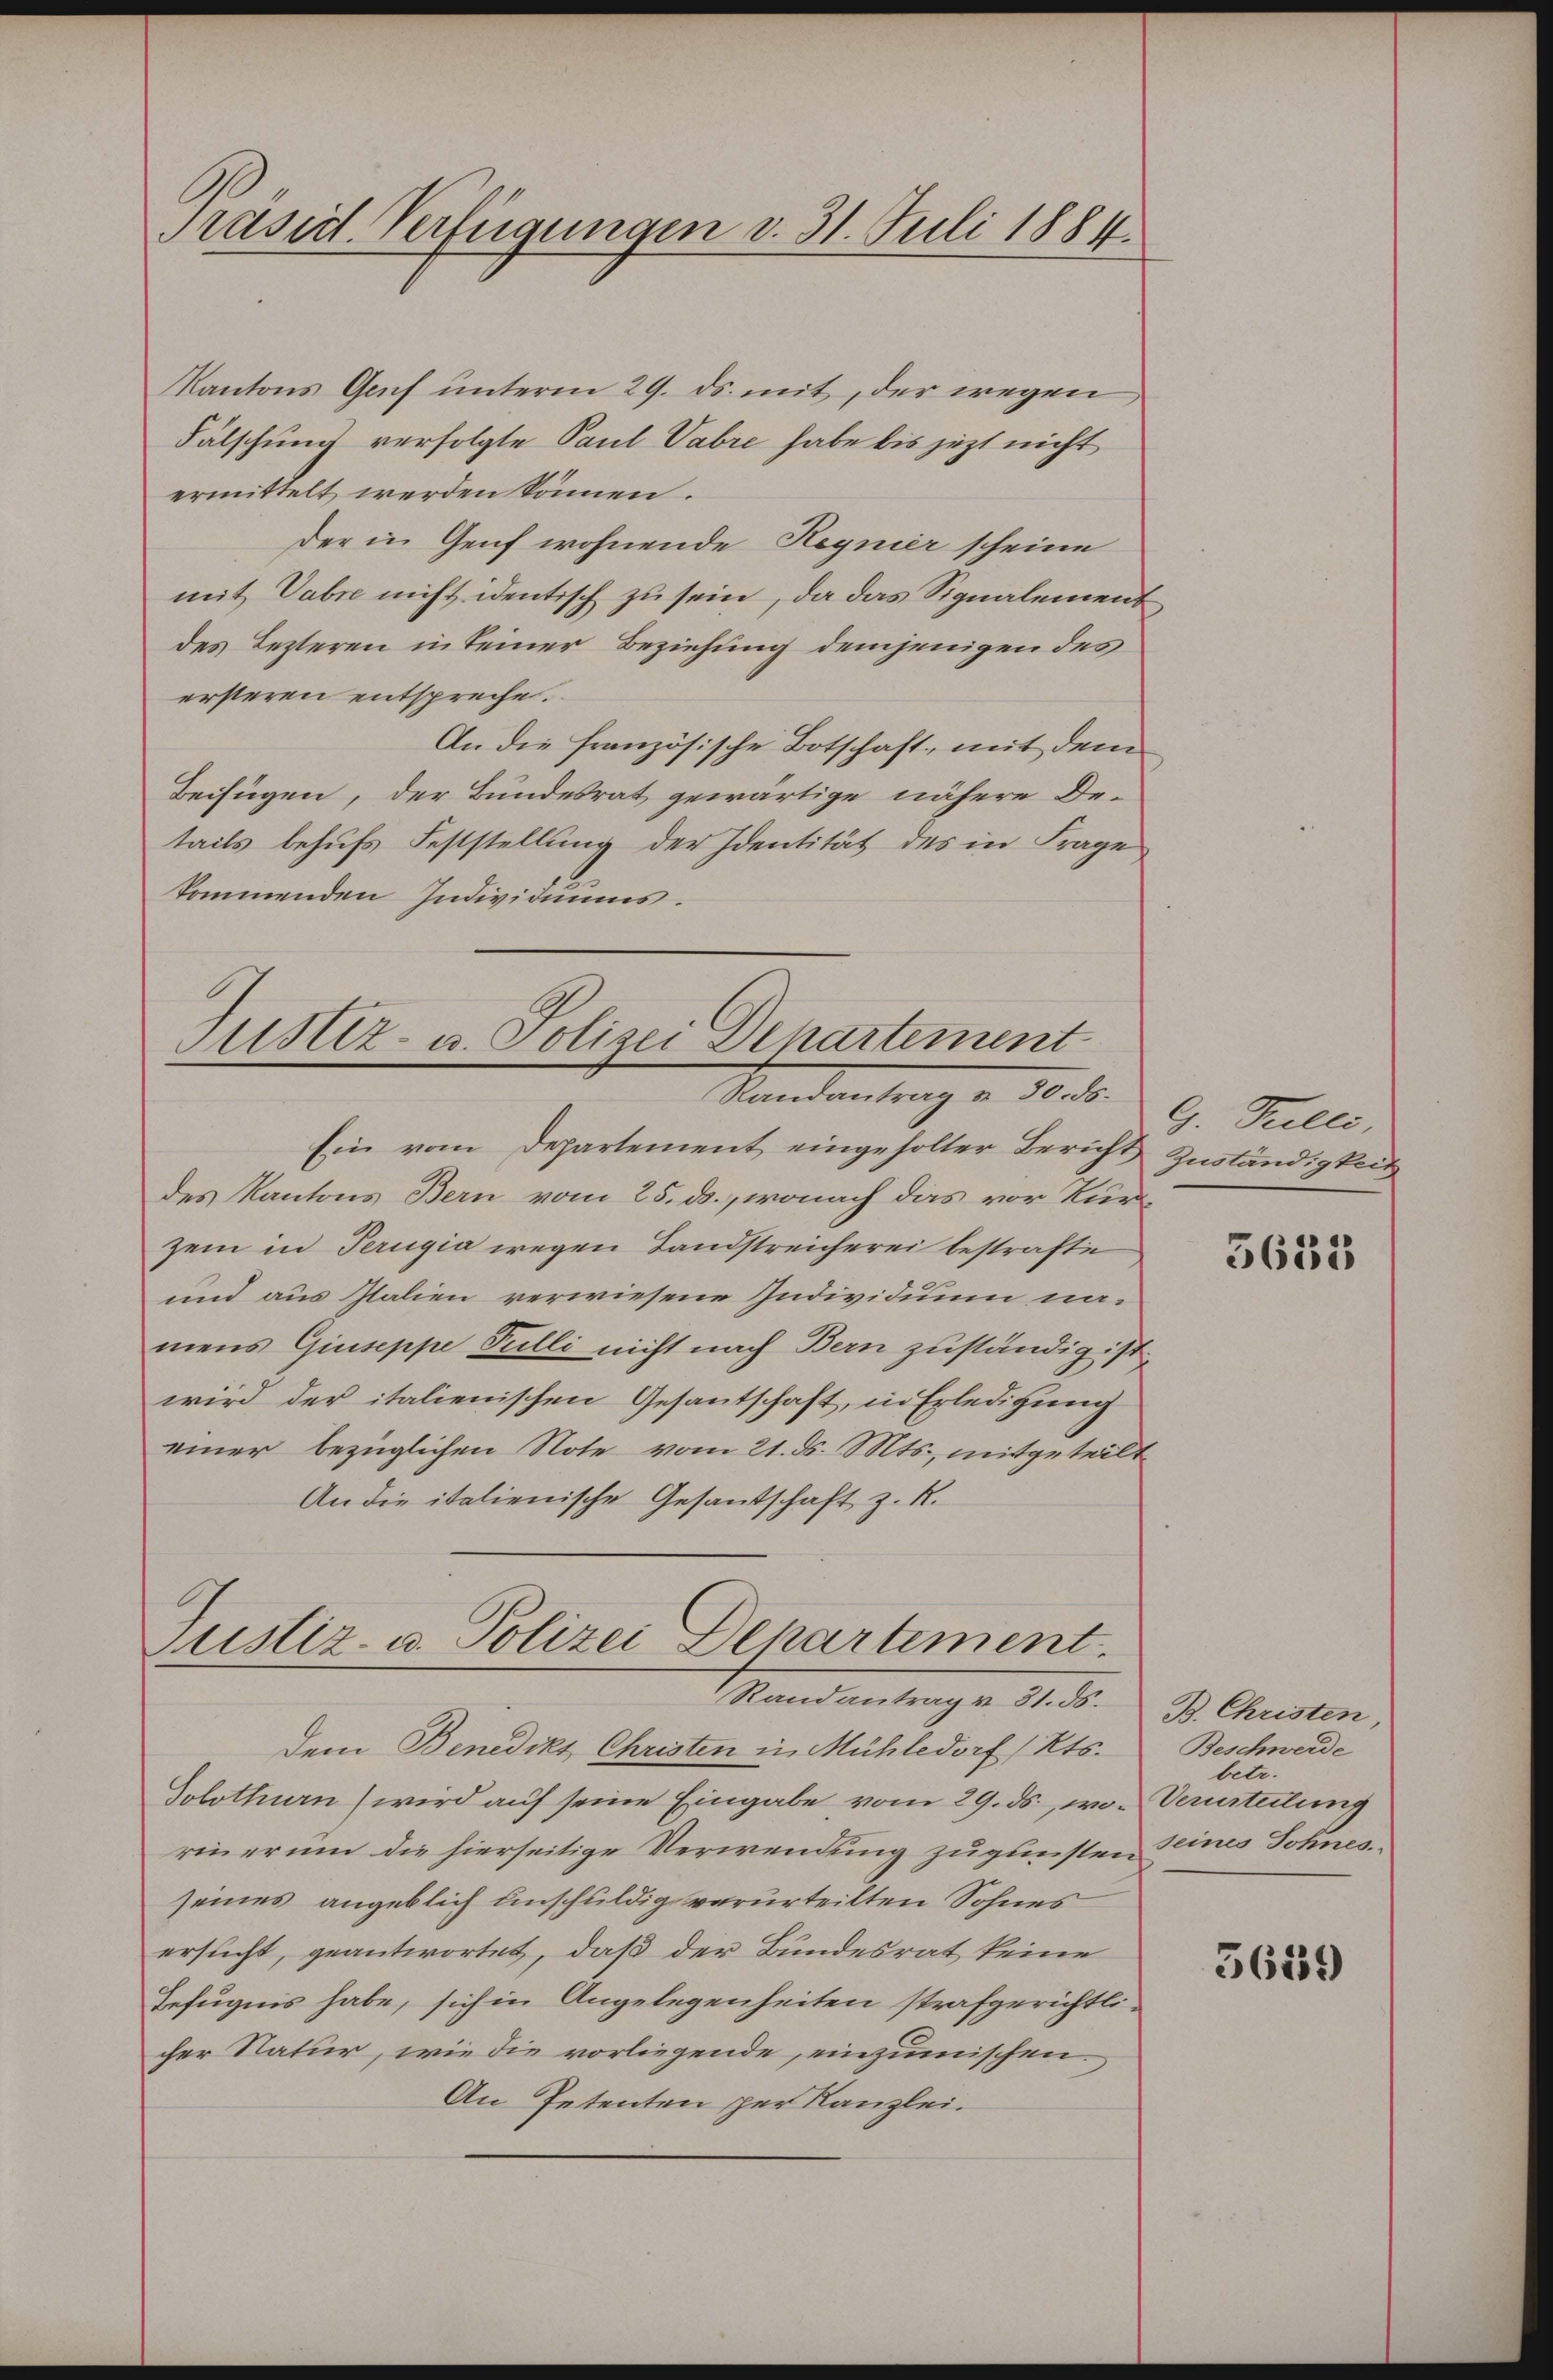
Präsid. Verfügungen v. 31. Juli 1884.

Kantons Genf unterm 29. ds. mit, der wegen
Fälschung verfolgte Paul Vabre habe bis jetzt nicht
ermittelt werden können.
der in Genf wohnende Regnier scheine
mit Vabre nicht identisch zu sein, da das Signalement
des Lezteren in seiner Beziehung demjenigen des
ersteren entspreche.
An die französische Botschaft, mit dem
Beifügen, der Bundesrat gewärtige nähere De-
tails behufs Feststellung der Identität des in Frage
kommenden Individiums.

Justiz- u. Polizei Departement
Randantrag u. 30. ds.

Ein vom Departement eingeholter Bericht Zuständigkeit
des Kantons Bern vom 25. ds., wonach das vor Kurzem in Perugia wegen Landstreicherei bestrafte
und aus Italien verwiesene Individuum namens Giuseppe Pulli nicht nach Bern zuständig ist,
wird der italienischen Gesantschaft, in Erledigung
einer bezüglichen Note vom 21. ds. Mts., mitgeteilt
An die italienische Gesantschaft z. R.

Justiz- u. Polizei Departement.
Randantrag u. 31. ds. B. Christen,

dem Benedikt Christen in Mühledorf Kts.
Solothurn (wird auf seine Eingabe vom 29. ds., wo Verurteilung
riner um die hierseitige Verwendung zugunsten seines Sohnes
seines angeblich unschuldig verurteilten Sohnes
ersucht, geantwortet, daß der Bundesrat keine
Befugnis habe, sich in Angelegenheiten strafgerichtlicher Natur, wie die vorliegende, einzumischen.
An Petenten per Kanzlei.

G. Fulli,

5633

Beschwerde
betr.

5639